Report on vaccination in Madras 1922-1929 - 1922-1929
Year: 1922
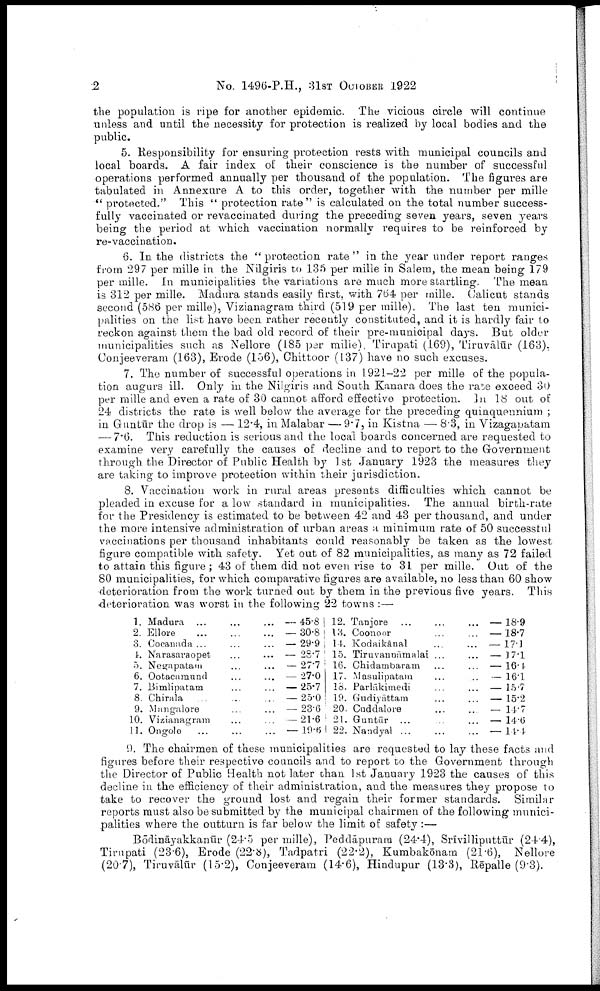
2
No. 1496-P.H., 31ST OCTOBER 1922
the population is ripe for another epidemic. The vicious circle will continue
unless and until the necessity for protection is realized by local bodies and the
public.
5. Responsibility for ensuring protection rests with municipal councils and
local boards. A fair index of their conscience is the number of successful
operations performed annually per thousand of the population. The figures are
tabulated in Annexure A to this order, together with the number per mille
" protected." This " protection rate " is calculated on the total number success
fully vaccinated or revaccinated during the preceding seven years, seven years
being the period at which vaccination normally requires to be reinforced by
re-vaccination.
6. In the districts the " protection rate " in the year under report ranges
from 297 per mille in the Nilgiris to 135 per mille in Salem, the mean being 179
per mille. In municipalities the variations are much more startling. The mean
is 312 per mille. Madura stands easily first, with 764 per mille. Calicut stands
second (586 per mille), Vizianagram third (519 per mille). The last ten munici
palities on the list have been rather recently constituted, and it is hardly fair to
reckon against them the bad old record of their pre-municipal days. But older
municipalities such as Nellore (185 per mille). Tirupati (169), Tiruvālūr (163),
Conjeeveram (163), Erode (156), Chittoor (137) have no such excuses.
7. The number of successful operations in 1921-22 per mille of the popula
tion augurs ill. Only in the Nilgiris and South Kanara does the rate exceed 30
per mille and even a rate of 30 cannot afford effective protection. In 18 out of
24 districts the rate is well below the average for the preceding quinquennium ;
in Guntūr the drop is — 12.4, in Malabar — 9.7, in Kistna — 8.3, in Vizagapatam
— 7.6. This reduction is serious and the local boards concerned are requested to
examine very carefully the causes of decline and to report to the Government
through the Director of Public Health by 1st January 1923 the measures they
are taking to improve protection within their jurisdiction.
8. Vaccination work in rural areas presents difficulties which cannot be
pleaded in excuse for a low standard in municipalities. The annual birth-rate
for the Presidency is estimated to be between 42 and 43 per thousand, and under
the more intensive administration of urban areas a minimum rate of 50 successful
vaccinations per thousand inhabitants could reasonably be taken as the lowest
figure compatible with safety. Yet out of 82 municipalities, as many as 72 failed
to attain this figure; 43 of them did not even rise to 31 per mille. Out of the
80 municipalities, for which comparative figures are available, no less than 60 show
deterioration from the work turned out by them in the previous five years. This
deterioration was worst in the following 22 towns :—
1.
2.
3.
4.
5.
6.
7.
8.
9.
10.
11.
Madura ... ... ...
Ellore
...
...
...
Cocanada ... ... ...
Narasaraopet ... ... ...
Negapatam ... ... ...
Ootacamund ... ... ...
Biralipatam ... ... ...
Chirala ... ... ...
Mangalore ... ... ...
Vizianagram ... ... ...
Ongole ... ... ...
— 45.8
— 30.8
— 29.9
— 28.7
— 27.7
— 27.0
— 25.7
— 25.0
— 23.6
— 21.6
— 19.6
12.
13.
14.
15.
16.
17.
18.
19.
20.
21.
22.
Tanjore ...
...
...
Coonoor ... ... ...
Kodaikānal ... ... ...
Tiruvaunāmalai ... ... ...
Chidambaram ... ... ...
Masulipatam ... ... ...
Parlākimedi ... ... ...
Gudiyāttam ... ... ...
Cuddalore ... ... ...
Guntūr ... ... ...
Nandyal ...
...
...
—18.9
—18.7
—17.1
—17.1
—16.4
—16.1
—15.7
—15.2
—14.7
—14.6
—14.4
9. The chairmen of these municipalities are requested to lay these facts and
figures before their respective councils and to report to the Government through
the Director of Public Health not later than 1st January 1923 the causes of this
decline in the efficiency of their administration, and the measures they propose to
take to recover the ground lost and regain their former standards. Similar
reports must also be submitted by the municipal chairmen of the following munici
palities where the outturn is far below the limit of safety :—
Bōdināyakkanūr (24.5 per mille), Peddāpuram (24.4), Srīvilliputtūr (24.4),
Tirupati (23.6), Erode (22.8), Tadpatri (22.2), Kumbakōnam (21.6), Nellore
(20.7), Tiruvālūr (15.2), Conjeeveram (14.6), Hindupur (13.3), Rēpalle (9.3).